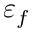
\varepsilon _ { f }